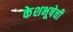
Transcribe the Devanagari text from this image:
केशभूषेची